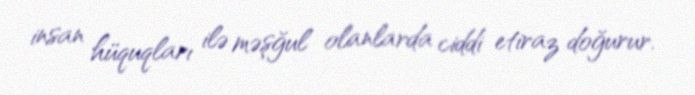
insan hüquqları ilə məşğul olanlarda ciddi etiraz doğurur.